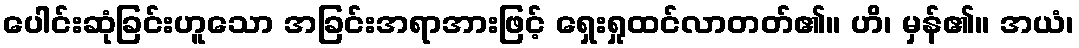
ပေါင်းဆုံခြင်းဟူသော အခြင်းအရာအားဖြင့် ရှေးရှုထင်လာတတ်၏။ ဟိ၊ မှန်၏။ အယံ၊